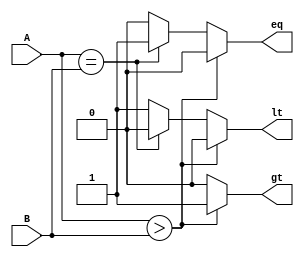
module three_bit_comp(A,B,lt,eq,gt);
    input [2:0] A, B;
    output reg lt, eq, gt;

always @* begin
    if (A > B) begin
        lt = 0;
        eq = 0;
        gt = 1;
    end
    else if (A == B) begin
        lt = 0;
        eq = 1;
        gt = 0;
    end
    else begin
        lt = 1;
        eq = 0;
        gt = 0;
    end
end
endmodule